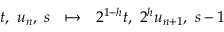
t , \ u _ { n } , \ s \ \ \mapsto \ \ 2 ^ { 1 - h } t , \ 2 ^ { h } u _ { n + 1 } , \ s - 1